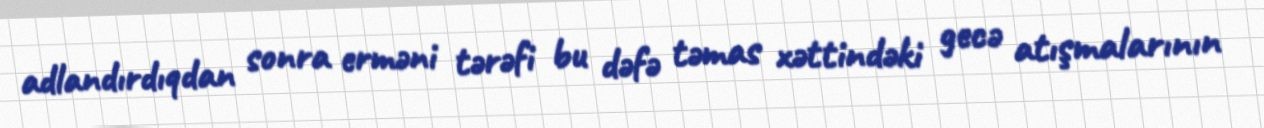
adlandırdıqdan sonra erməni tərəfi bu dəfə təmas xəttindəki gecə atışmalarının